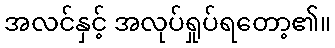
အလင်နှင့် အလုပ်ရှုပ်ရတော့၏။